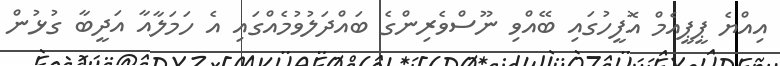
އިއްޔެ ޕީޕީއެމް އޮފީހުގައި ބޭއްވި ނޫސްވެރިންގެ ބައްދަލުވުމެއްގައި އެ ހަމަލާއާ އަދީބާ ގުޅުން